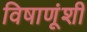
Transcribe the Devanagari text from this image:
विषाणूंशी